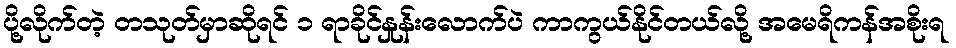
ပို့လိုက်တဲ့ တသုတ်မှာဆိုရင် ၁ ရာခိုင်နှုန်းလောက်ပဲ ကာကွယ်နိုင်တယ်လို့ အမေရိကန်အစိုးရ